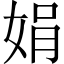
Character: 娟